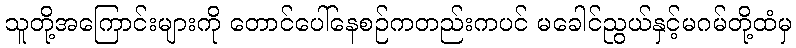
သူတို့အကြောင်းများကို တောင်ပေါ်နေစဉ်ကတည်းကပင် မခေါင်ညွယ်နှင့်မဂမ်တို့ထံမှ